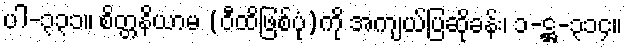
ပါ-၃၃၁။ စိတ္တနိယာမ (ဝီထိဖြစ်ပုံ)ကို အကျယ်ပြဆိုခန်း၊ ၁-ဋ္ဌ-၃၁၄။